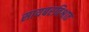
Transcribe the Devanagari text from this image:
सायबरविश्वात